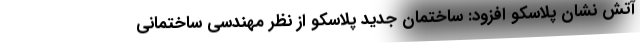
آتش نشان پلاسکو افزود: ساختمان جدید پلاسکو از نظر مهندسی ساختمانی